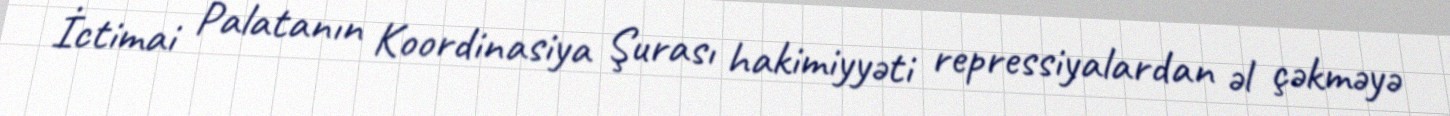
İctimai Palatanın Koordinasiya Şurası hakimiyyəti repressiyalardan əl çəkməyə